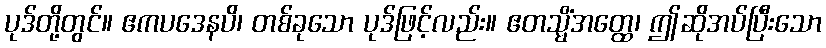
ပုဒ်တို့တွင်။ ဧကပဒေနပိ၊ တစ်ခုသော ပုဒ်ဖြင့်လည်း။ ဧတသ္မိံအတ္ထေ၊ ဤဆိုအပ်ပြီးသော